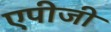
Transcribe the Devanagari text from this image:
एपीजी